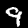
Digit: 9